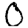
Digit: 0